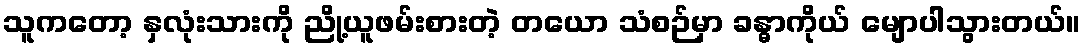
သူကတော့ နှလုံးသားကို ညို့ယူဖမ်းစားတဲ့ တယော သံစဉ်မှာ ခန္ဓာကိုယ် မျောပါသွားတယ်။